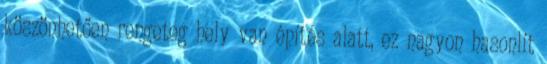
köszönhetően rengeteg hely van építés alatt, ez nagyon hasonlít